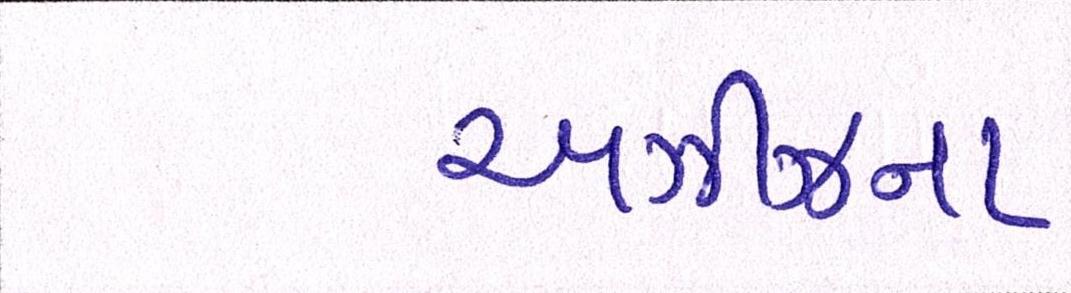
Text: અઝીઝના